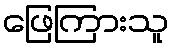
ဖြေကြားသူ